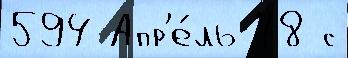
594 Апр'е́ль 78 с